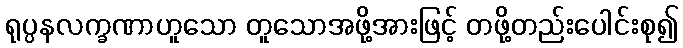
ရုပ္ပနလက္ခဏာဟူသော တူသောအဖို့အားဖြင့် တဖို့တည်းပေါင်းစု၍